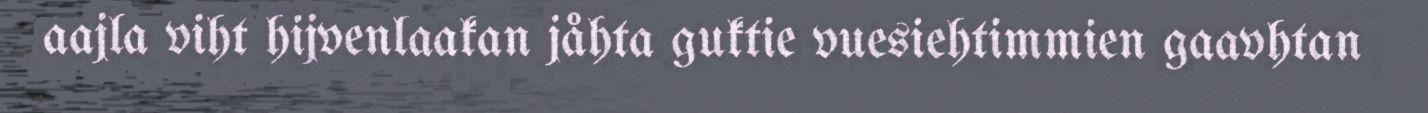
aajla viht hijvenlaakan jåhta guktie vuesiehtimmien gaavhtan